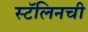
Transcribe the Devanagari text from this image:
स्टॅलिनची